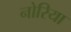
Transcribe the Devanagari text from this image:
नोरिया